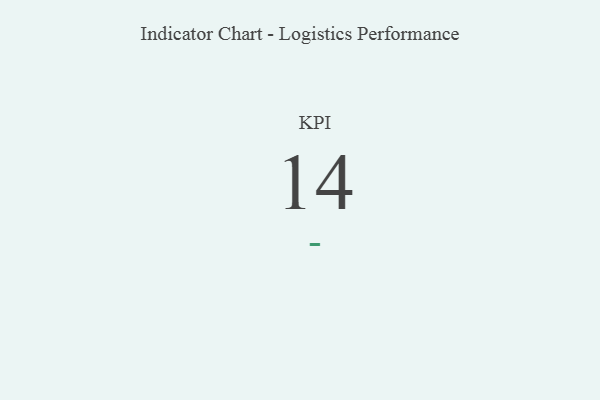
{"axis": {"x": "KPI", "y": "Value"}, "legend": [""], "data": [{"x": "KPI", "y": 14, "type": ""}]}